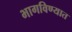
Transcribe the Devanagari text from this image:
भागविण्यात